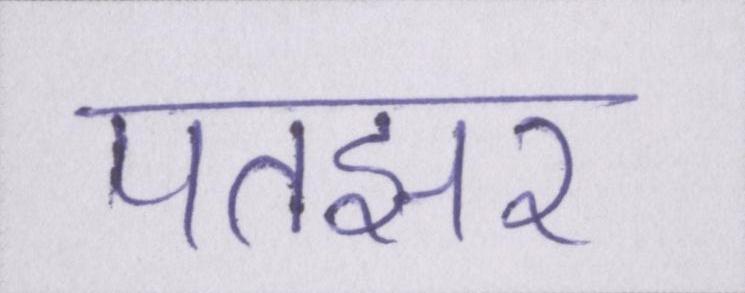
पतझर